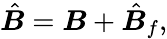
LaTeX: \hat{\boldsymbol B}={\boldsymbol B}+\hat{\boldsymbol B}_{f},